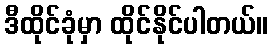
ဒီထိုင်ခုံမှာ ထိုင်နိုင်ပါတယ်။